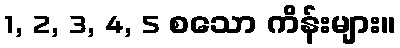
1, 2, 3, 4, 5 စသော ကိန်းများ။